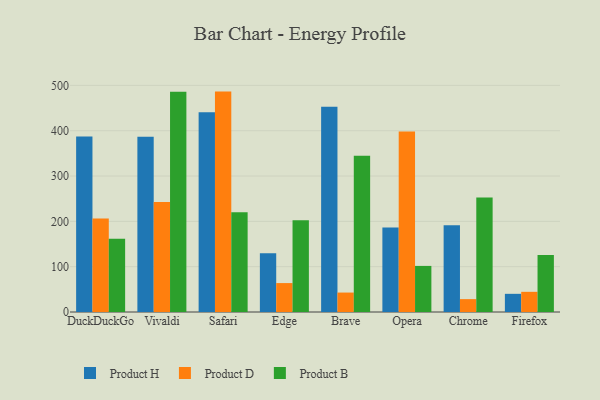
{"axis": {"x": "Browser", "y": "Latency (ms)"}, "legend": ["Product B", "Product D", "Product H"], "data": [{"x": "DuckDuckGo", "y": 387.0, "type": "Product H"}, {"x": "DuckDuckGo", "y": 206.3, "type": "Product D"}, {"x": "DuckDuckGo", "y": 161.4, "type": "Product B"}, {"x": "Vivaldi", "y": 386.5, "type": "Product H"}, {"x": "Vivaldi", "y": 242.5, "type": "Product D"}, {"x": "Vivaldi", "y": 485.9, "type": "Product B"}, {"x": "Safari", "y": 440.5, "type": "Product H"}, {"x": "Safari", "y": 486.3, "type": "Product D"}, {"x": "Safari", "y": 219.9, "type": "Product B"}, {"x": "Edge", "y": 129.7, "type": "Product H"}, {"x": "Edge", "y": 63.8, "type": "Product D"}, {"x": "Edge", "y": 202.3, "type": "Product B"}, {"x": "Brave", "y": 453.0, "type": "Product H"}, {"x": "Brave", "y": 42.9, "type": "Product D"}, {"x": "Brave", "y": 344.7, "type": "Product B"}, {"x": "Opera", "y": 186.7, "type": "Product H"}, {"x": "Opera", "y": 398.3, "type": "Product D"}, {"x": "Opera", "y": 101.7, "type": "Product B"}, {"x": "Chrome", "y": 191.5, "type": "Product H"}, {"x": "Chrome", "y": 28.4, "type": "Product D"}, {"x": "Chrome", "y": 252.7, "type": "Product B"}, {"x": "Firefox", "y": 40.1, "type": "Product H"}, {"x": "Firefox", "y": 44.5, "type": "Product D"}, {"x": "Firefox", "y": 125.8, "type": "Product B"}]}